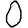
Digit: 0